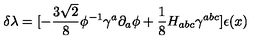
\delta \lambda = [ - { \frac { 3 \sqrt 2 } { 8 } } \phi ^ { - 1 } \gamma ^ { a } \partial _ { a } \phi + { \frac { 1 } { 8 } } H _ { a b c } \gamma ^ { a b c } ] \epsilon ( x )